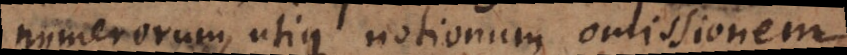
numerorum, utique notionum omissionem